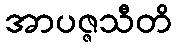
အာပဇ္ဇသီတိ